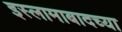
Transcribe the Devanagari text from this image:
इस्लामाबादच्या